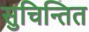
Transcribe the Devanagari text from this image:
सुचिन्तित